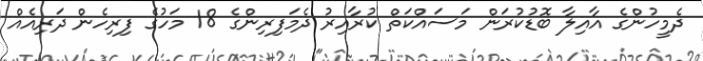
ދެމީހުންގެ އާއިލާ ބޮޑުކުރަން މަސައްކަތް ކުރާއިރު ދެމަފިރިންގެ 18 މަހުގެ ފިރިހެން ދަރިއެއް